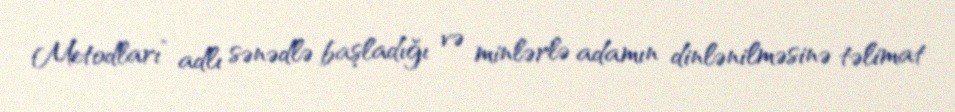
Metodları” adlı sənədlə başladığı və minlərlə adamın dinlənilməsinə təlimat